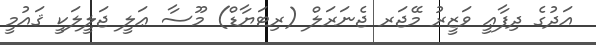
އަދުގެ ދިފާޢީ ވަޒީރު މޭޖަރ ޖެނަރަލް (ރިޓަޔާޑް) މޫސާ ޢަލީ ޖަލީލަކީ ޤައުމީ